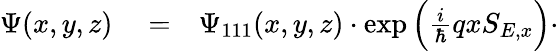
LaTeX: \begin{array}{rlr}{\Psi(x,y,z)}&{{}=}&{\Psi_{111}(x,y,z)\cdot\exp{\Big(\frac{i}{\hbar}qxS_{E,x}\Big)}\cdot}\end{array}